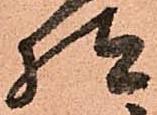
様